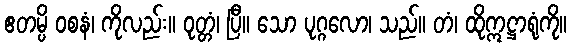
ဧတမ္ပိ ဝစနံ၊ ကိုလည်း။ ဝုတ္တံ၊ ပြီ။ သော ပုဂ္ဂလော၊ သည်။ တံ၊ ထိုဣဋ္ဌာရုံကို။